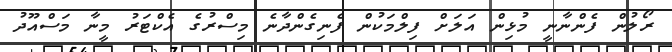
ރޯލުން ފެންނާނީ މުޅިން އަލަށް ފިލްމަކުން ފެނިގެންދާނެ މިސްރުގެ އެކްޓަރު މީނާ މަސްއޫދު